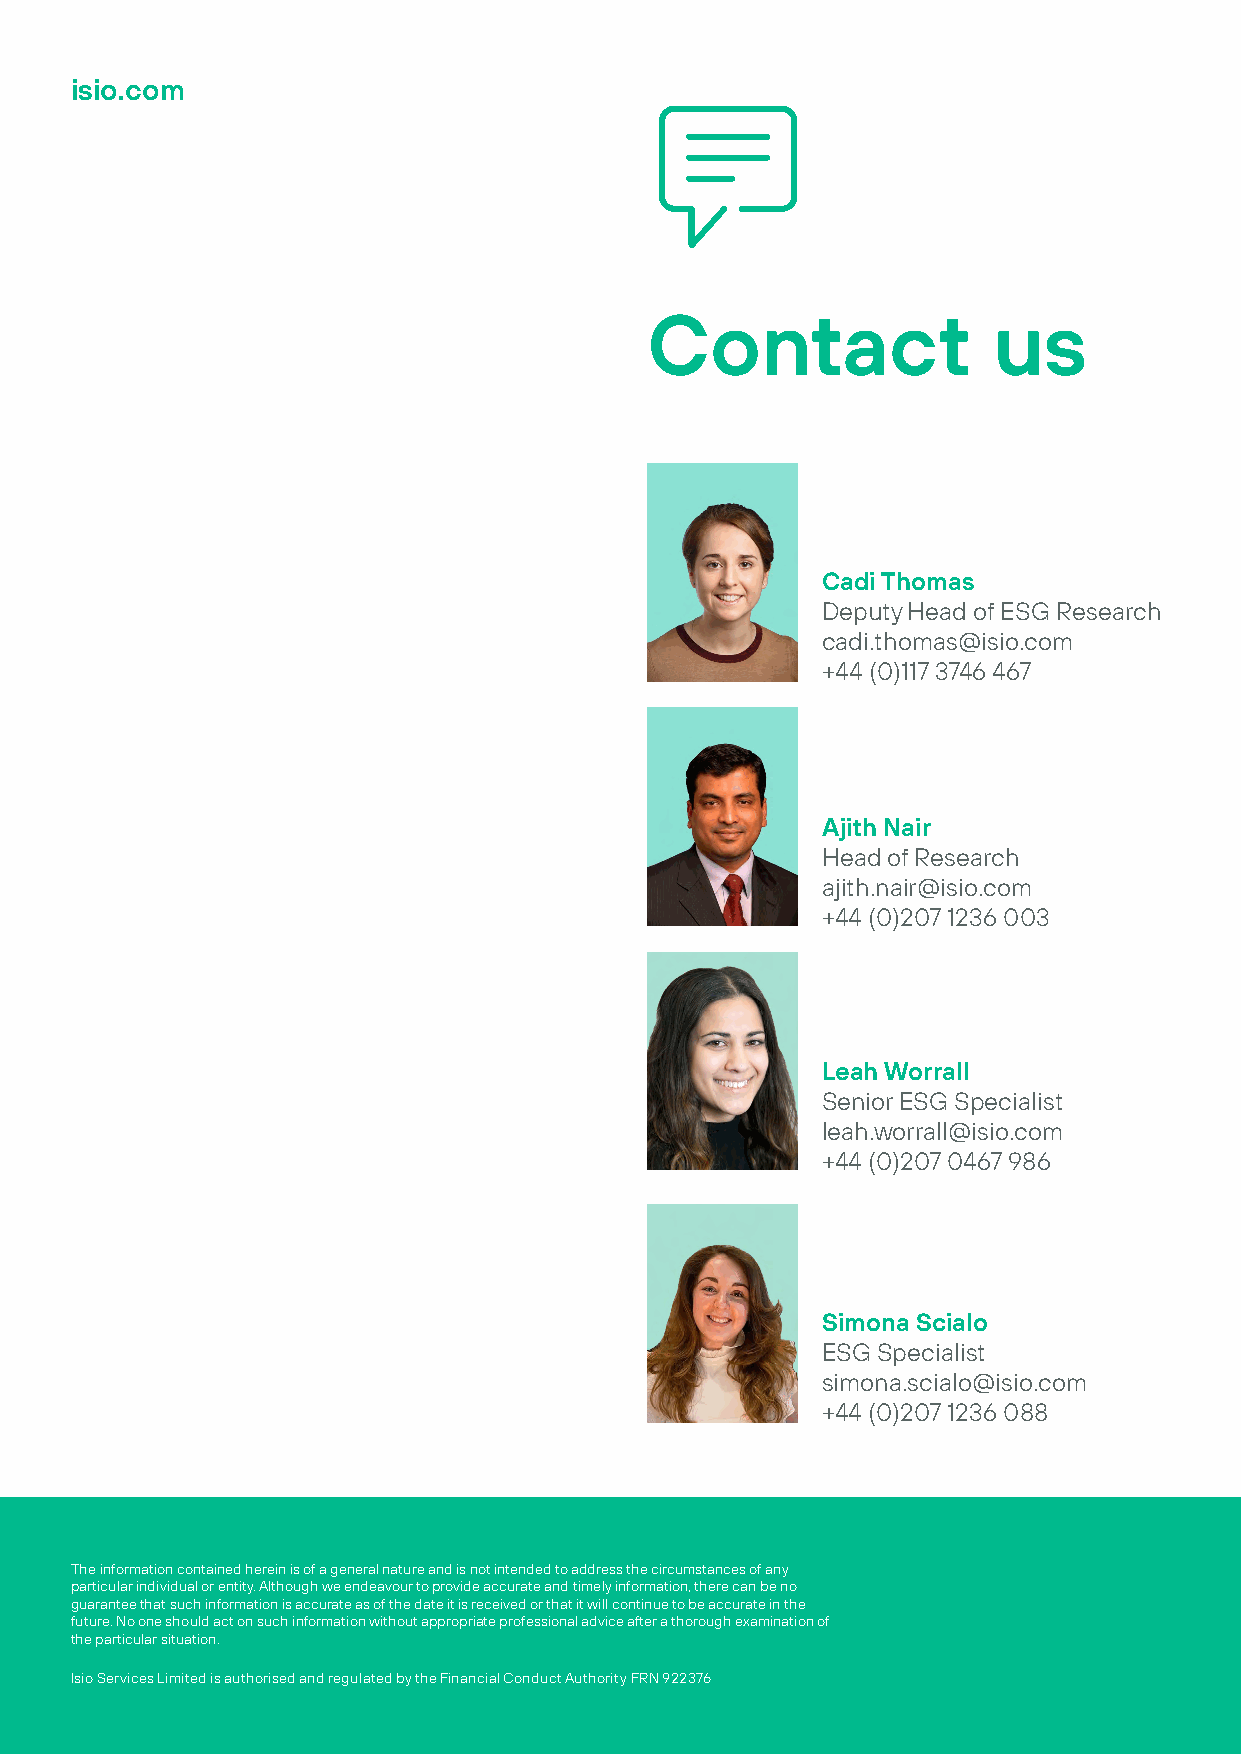
isio.com
 Contact                us
 Cadi Thomas
 Deputy Head of ESG Research
 cadi.thomas@isio.com
 +44 (0)117 3746 467
 Ajith Nair
 Head of Research
 ajith.nair@isio.com
 +44 (0)207 1236 003
 Leah Worrall
 Senior ESG Specialist
 leah.worrall@isio.com
 +44 (0)207 0467 986
 Simona Scialo
 ESG Specialist
 simona.scialo@isio.com
 +44 (0)207 1236 088
 The information contained herein is of a general nature and is not intended to address the circumstances of any
 particular individual or entity. Although we endeavour to provide accurate and timely information, there can be no
 guarantee that such information is accurate as of the date it is received or that it will continue to be accurate in the
 future. No one should act on such information without appropriate professional advice after a thorough examination of
 the particular situation.
 Isio Services Limited is authorised and regulated by the Financial Conduct Authority FRN 922376